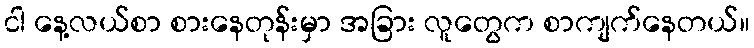
ငါ နေ့လယ်စာ စားနေတုန်းမှာ အခြား လူတွေက စာကျက်နေတယ်။